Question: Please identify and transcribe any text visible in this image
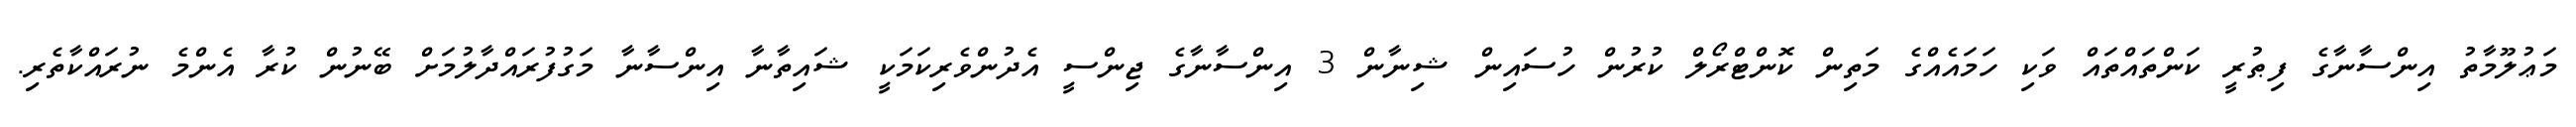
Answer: މަޢުލޫމާތު އިންސާނާގެ ފިޠުރީ ކަންތައްތައް ވަކި ހަމައެއްގެ މަތިން ކޮންޓްރޯލް ކުރުން ހުސައިން ޝިނާން 3 އިންސާނާގެ ޖިންސީ އެދުންވެރިކަމަކީ ޝައިތާނާ އިންސާނާ މަގުފުރައްދާލުމަށް ބޭނުން ކުރާ އެންމެ ނުރައްކާތެރި.